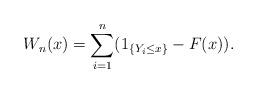
LaTeX: \begin{align*}W_n(x) = \sum_{i=1}^n (1_{\{Y_i \leq x \}} - F(x) ).\end{align*}